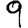
Digit: 9